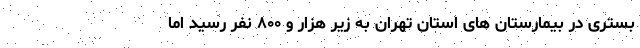
بستری در بیمارستان های استان تهران به زیر هزار و ۸۰۰ نفر رسید اما